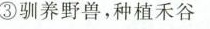
③驯养野兽，种植禾谷